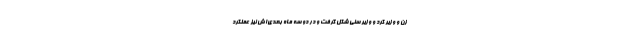
زن و وزیر کُرد و وزیر سُنی شکل گرفت و در دو سه ماه بعدی‌اش نیز عملکرد